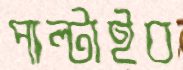
পাল্‌টাইব